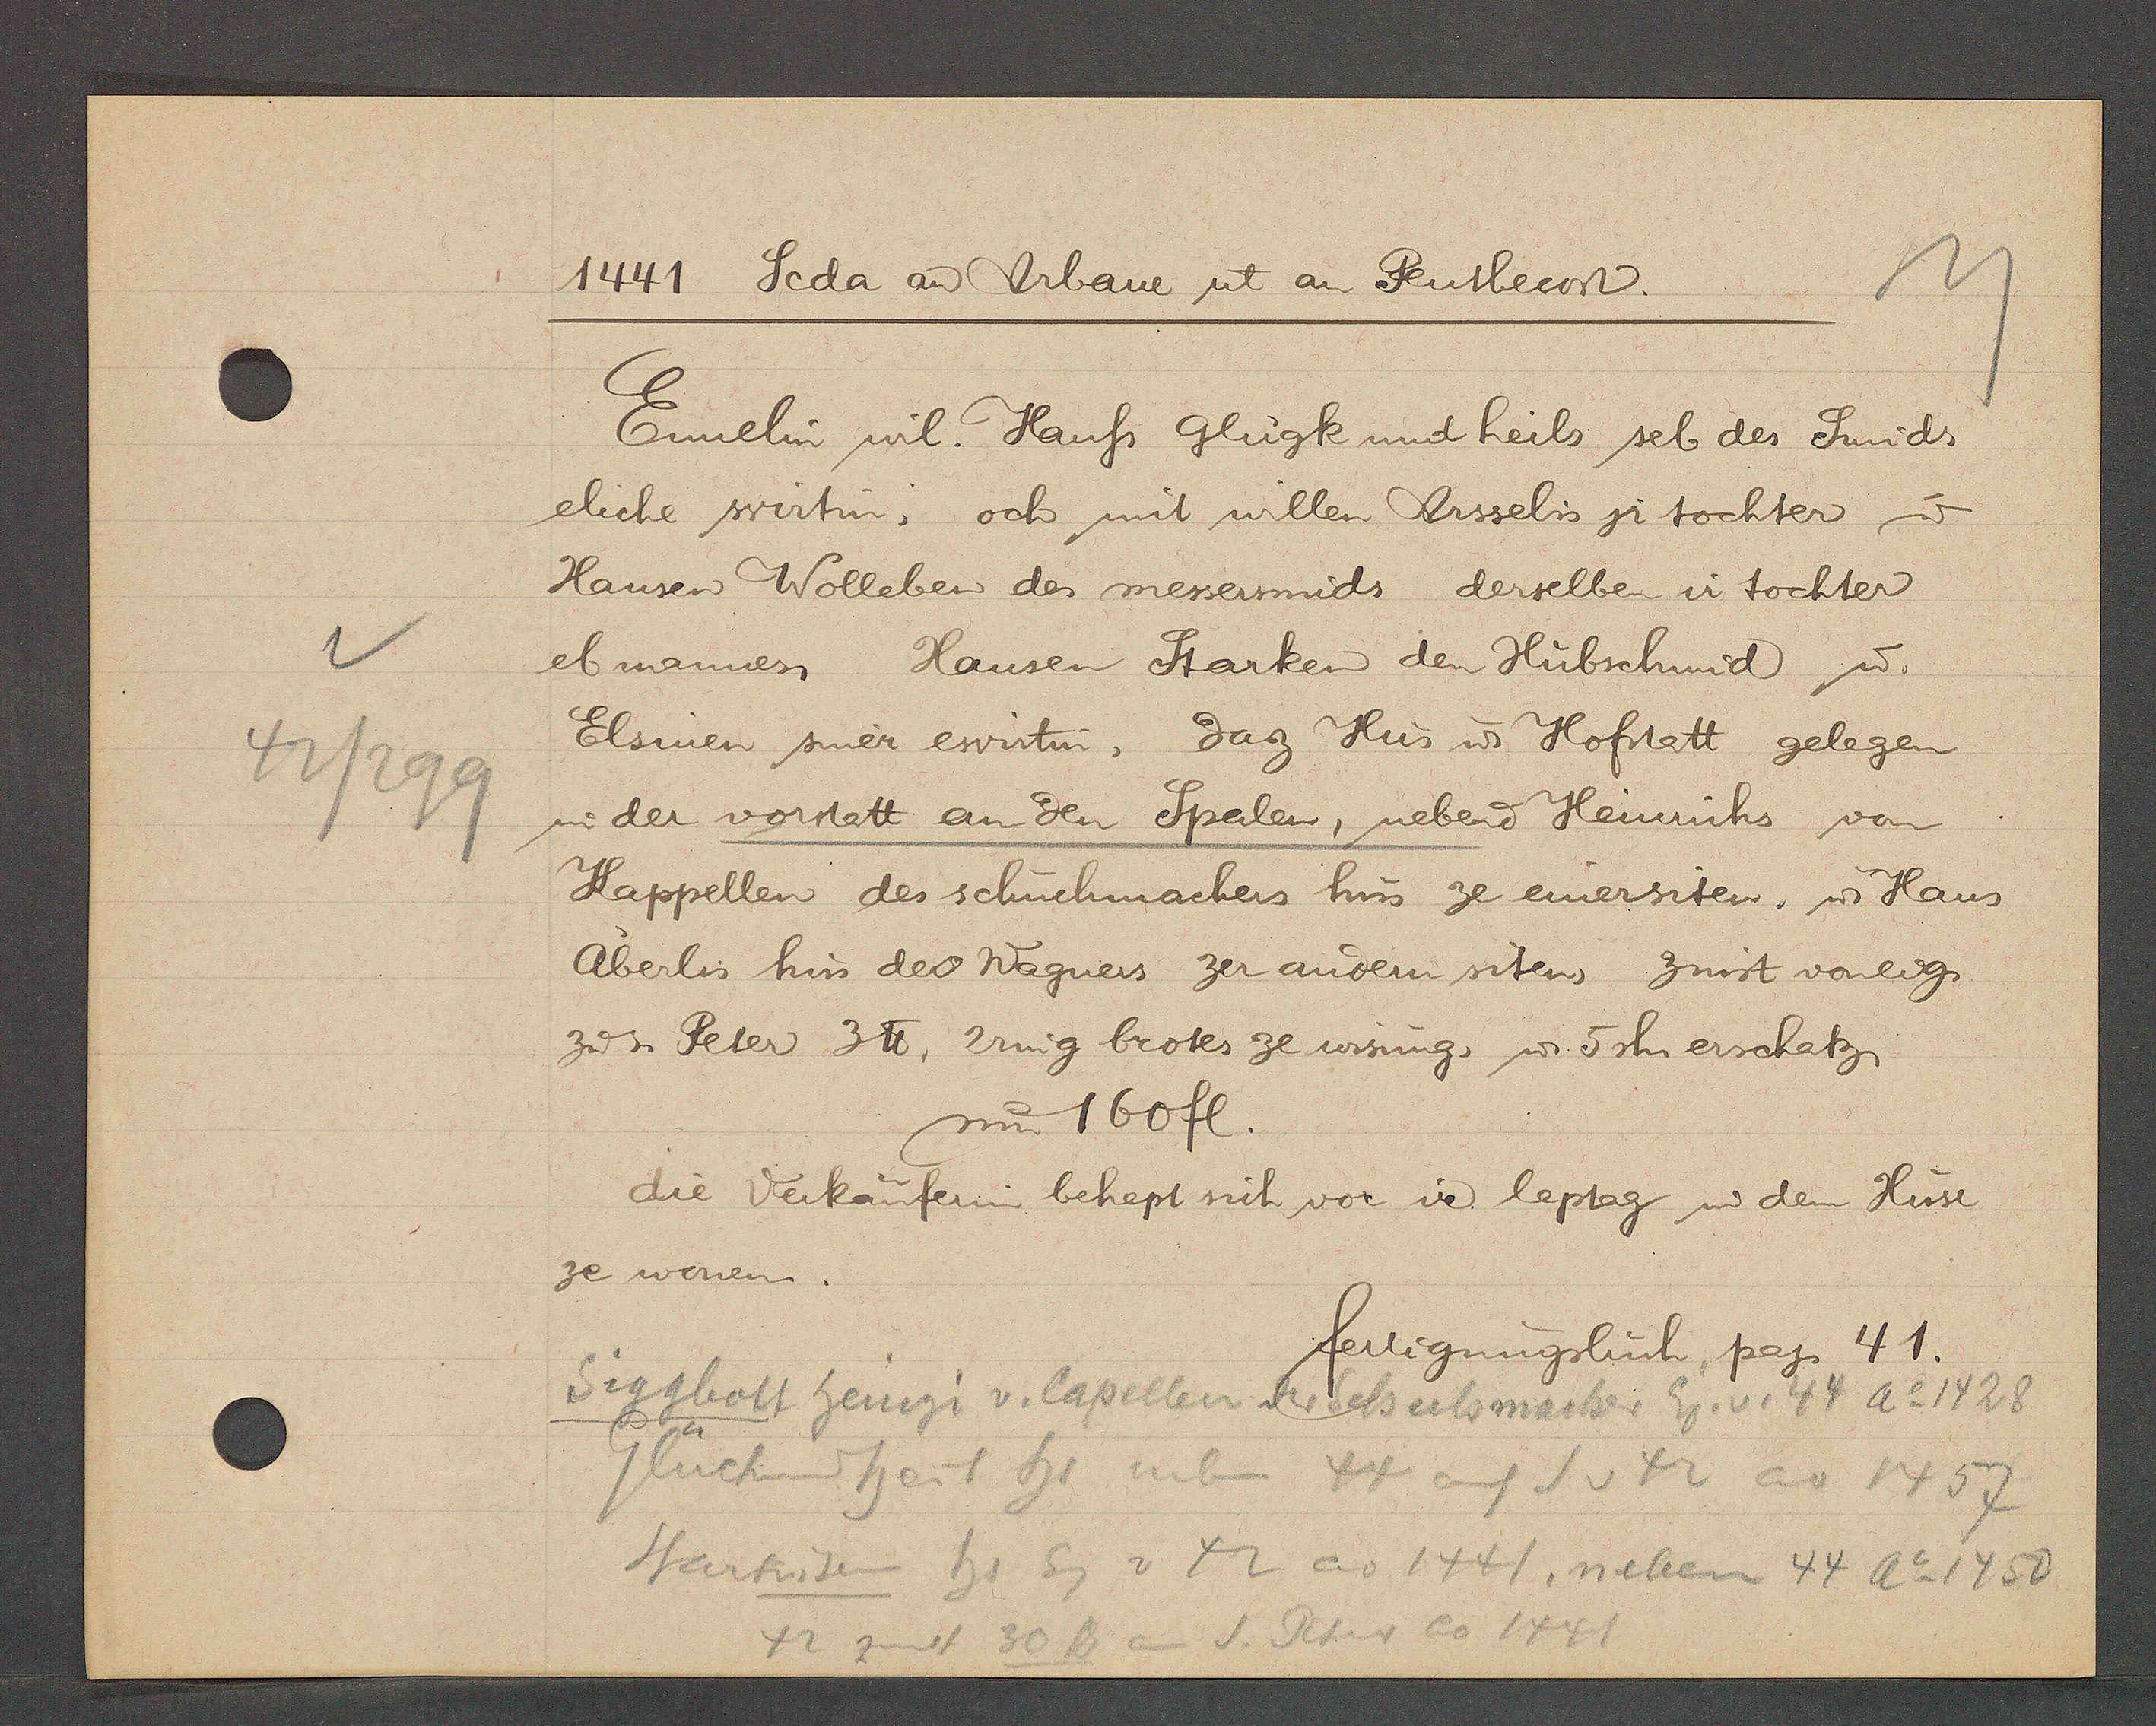
Transcript:
42/299

1441 Scda aȵ Urbane ut an Penthecost.

Ennelin wil. Hauss Glugk und heils sel des Smids
eliche wirtin, och mit willen Ursselis jr tochter u.
Hansen Wolleben des messersmids derselben ir tochter
eb mannes Hansen Starken den Hubschmid u.
Elsinen siner ewirtin, daz Hus u. Hofstatt gelegen
in der vorstatt an den Spalen, nebend Heinrichs von
Kappellen des schuchmachers hus ze einersiten, u. Hans
Aberlis hus des Wagners zer andern siten, zinst voneig.
zu s. Peter 3℔, 2ring brotes ze wisung, u. 5 sh erschatz
um 160 fl.
die Verkäuferin behept sich vor ir leptag in dem Huse
ze wonen.

fertigungsbuch pag. 41.

Siggbott Heinzi v. Capellen Schuhmacher Eg. v. 44 Ao 1428
Glückenheil hs neben 44 auf S v 42 ao 1457
Starkisen hs Eg v 42 ao 1441, neben 44 Ao 1450
42 zinst 30 ℔ an
S. Peter ao 1441